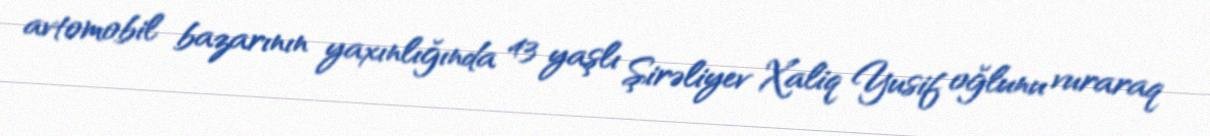
avtomobil bazarının yaxınlığında 43 yaşlı Şirəliyev Xaliq Yusif oğlunu vuraraq